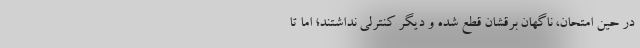
در حین امتحان، ناگهان برقشان قطع شده و دیگر کنترلی نداشتند؛ اما تا